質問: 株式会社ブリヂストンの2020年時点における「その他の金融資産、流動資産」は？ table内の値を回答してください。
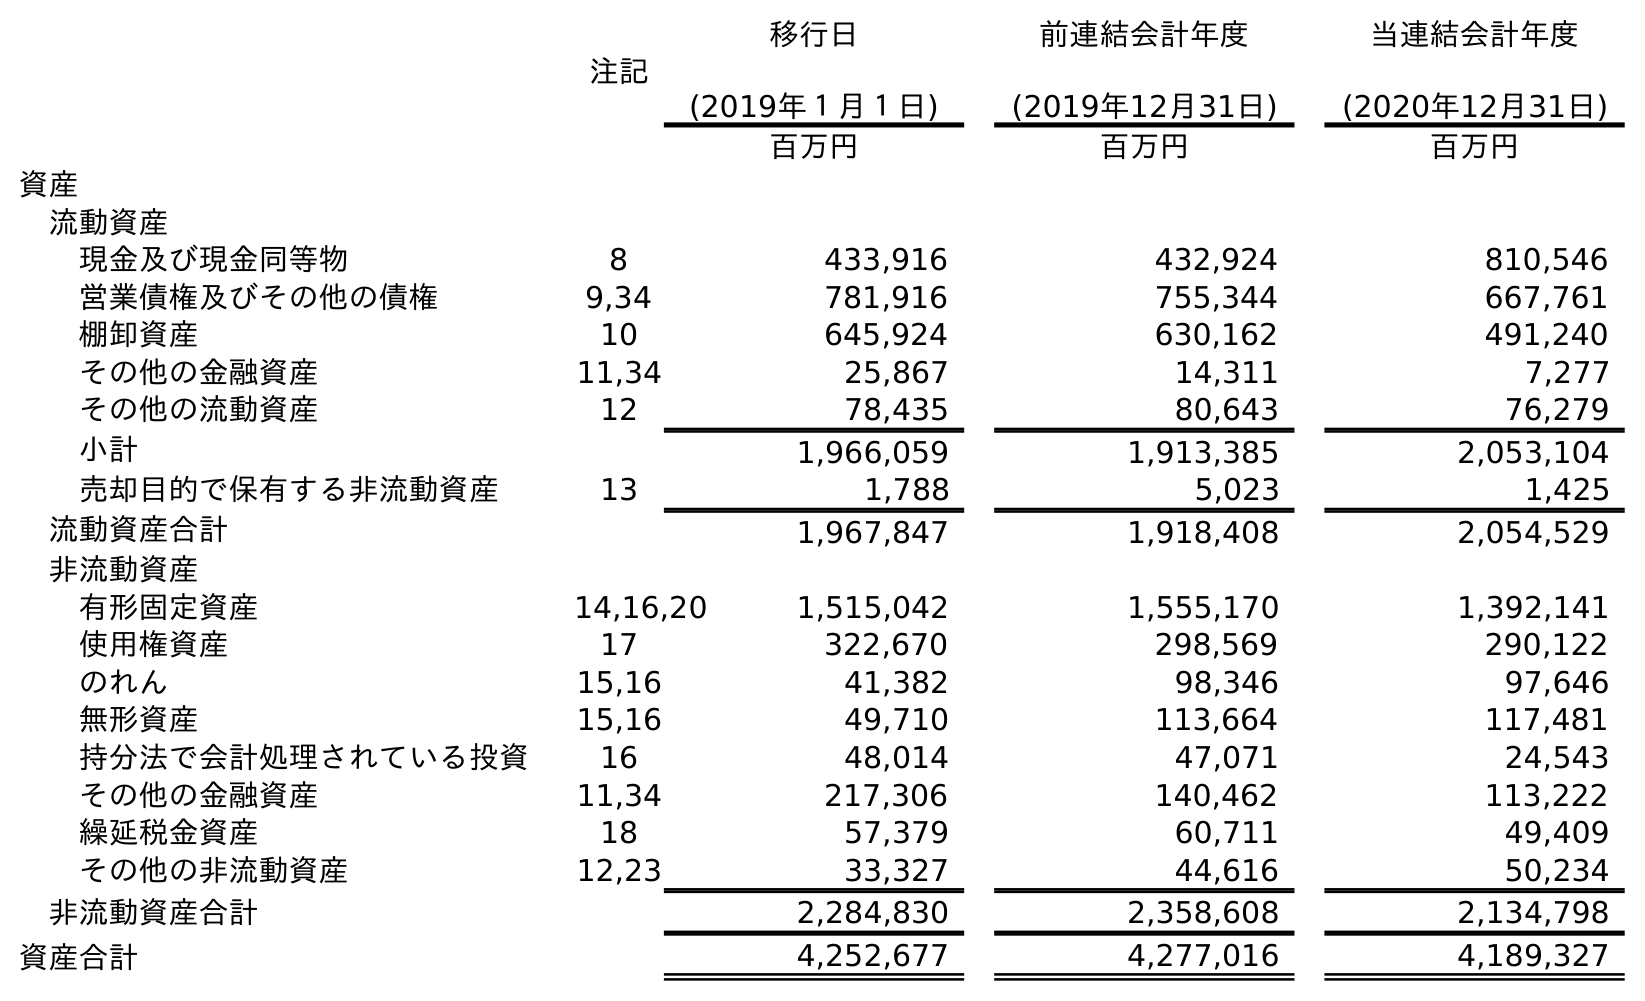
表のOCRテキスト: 注記 移行日 (2019年１月１日) 前連結会計年度 (2019年12月31日) 当連結会計年度 (2020年12月31日) 百万円 百万円 百万円 資産 流動資産 現金及び現金同等物 8 433,916 432,924 810,546 営業債権及びその他の債権 9,34 781,916 755,344 667,761 棚卸資産 10 645,924 630,162 491,240 その他の金融資産 11,34 25,867 14,311 7,277 その他の流動資産 12 78,435 80,643 76,279 小計 1,966,059 1,913,385 2,053,104 売却目的で保有する非流動資産 13 1,788 5,023 1,425 流動資産合計 1,967,847 1,918,408 2,054,529 非流動資産 有形固定資産 14,16,20 1,515,042 1,555,170 1,392,141 使用権資産 17 322,670 298,569 290,122 のれん 15,16 41,382 98,346 97,646 無形資産 15,16 49,710 113,664 117,481 持分法で会計処理されている投資 16 48,014 47,071 24,543 その他の金融資産 11,34 217,306 140,462 113,222 繰延税金資産 18 57,379 60,711 49,409 その他の非流動資産 12,23 33,327 44,616 50,234 非流動資産合計 2,284,830 2,358,608 2,134,798 資産合計 4,252,677 4,277,016 4,189,327
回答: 7,277